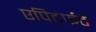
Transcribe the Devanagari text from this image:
एपिटाईट